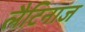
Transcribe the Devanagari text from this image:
लैटिनाज